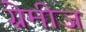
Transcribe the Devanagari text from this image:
ग्रेमीज